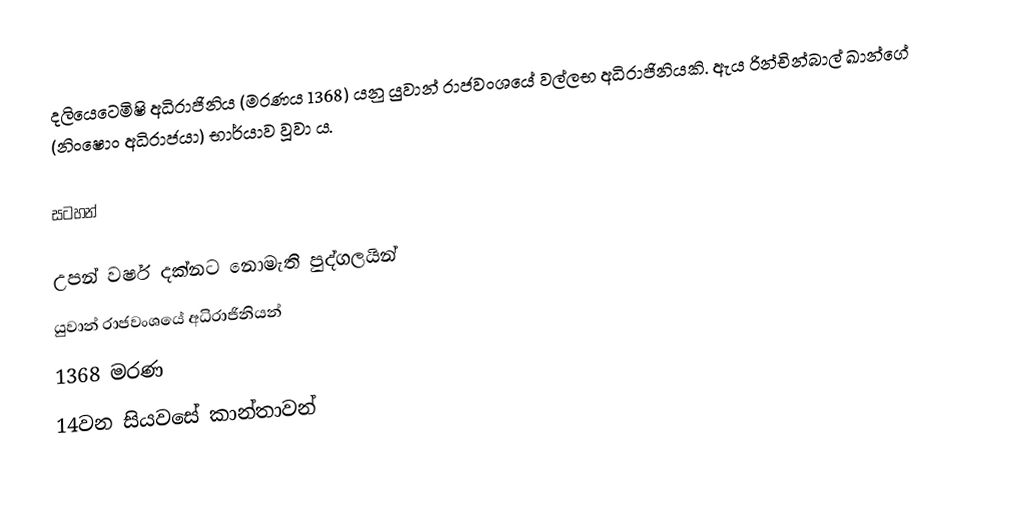
දලියෙටෙමිෂි අධිරාජිනිය (මරණය 1368) යනු යුවාන් රාජවංශයේ වල්ලභ අධිරාජිනියකි. ඇය රින්චින්බාල් ඛාන්ගේ (නිංෂොං අධිරාජයා) භාර්යාව වූවා ය.

සටහන්

උපන් වර්ෂ දක්නට නොමැති පුද්ගලයින්
යුවාන් රාජවංශයේ අධිරාජිනියන්
1368 මරණ
14වන සියවසේ කාන්තාවන්